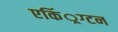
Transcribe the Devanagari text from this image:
एकिं्रग्टन